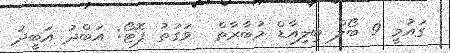
ގައުމީ 9 ބޯލް ބިލިއާޑް މުބާރާތް  ވަގުތު ފޮޓޯ: އަބްދު އަބީދު